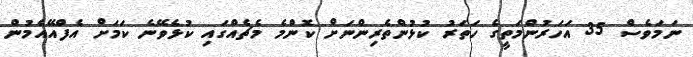
ނަމަވެސް 35 އަހަރުންމަތީގެ ހަތަރު ކުޅުންތެރިންނަށް ކޮންމެ މެޗެއްގައި ކުޅެވޭނެ ކަމަށް އެފްއޭއެމުން